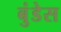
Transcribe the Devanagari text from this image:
बुंडेस